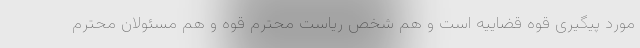
مورد پیگیری قوه قضاییه است و هم شخص ریاست محترم قوه و هم مسئولان محترم